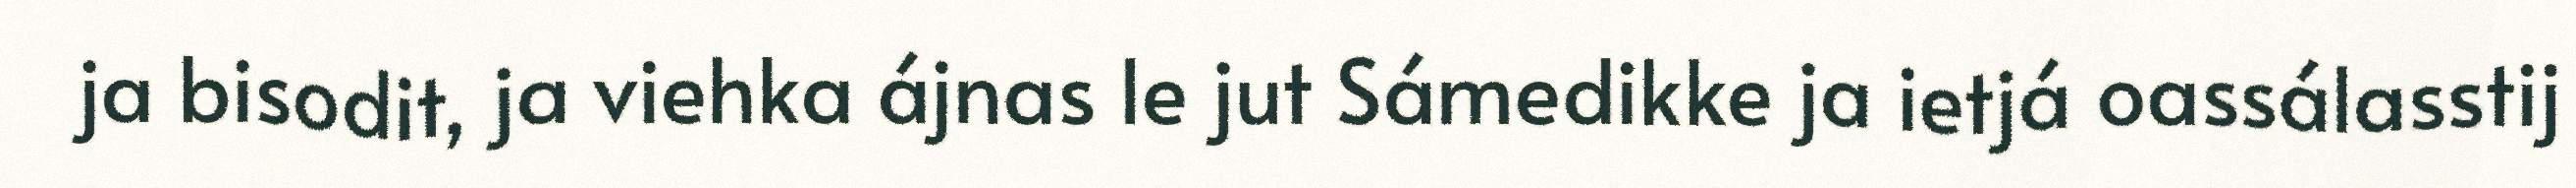
ja bisodit, ja viehka ájnas le jut Sámedikke ja ietjá oassálasstij